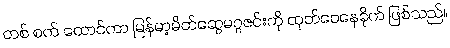
တစ် စက် ထောင်ကာ မြန်မာ့မိတ်ဆွေမဂ္ဂဇင်းကို ထုတ်ဝေနေခိုက် ဖြစ်သည်။